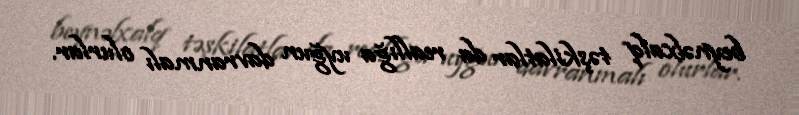
beynəlxalq təşkilatlar da reallığa uyğun davranmalı olurlar.